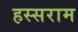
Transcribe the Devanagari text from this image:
हस्सराम